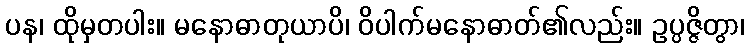
ပန၊ ထိုမှတပါး။ မနောဓာတုယာပိ၊ ဝိပါက်မနောဓာတ်၏လည်း။ ဥပ္ပဇ္ဇိတွာ၊